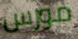
مورس